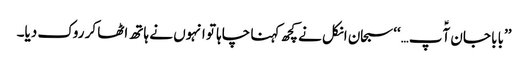
’’بابا جان آؑپ…‘‘سبحان انکل نے کچھ کہنا چاہا تو انہوں نے ہاتھ اٹھا کر روک دیا۔